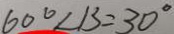
6 0 ^ { \circ } \angle B = 3 0 ^ { \circ }